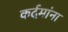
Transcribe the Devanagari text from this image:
कर्दमांना